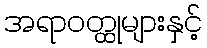
အရာဝတ္ထုများနှင့်